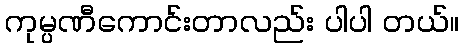
ကုမ္ပဏီကောင်းတာလည်း ပါပါ တယ်။